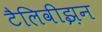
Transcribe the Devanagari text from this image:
टैलिवीझ़न